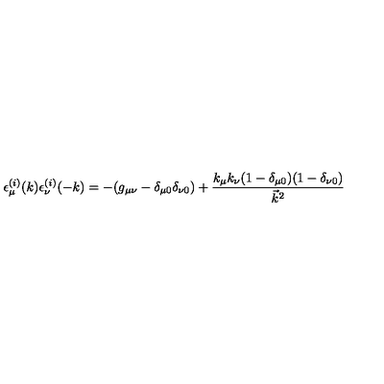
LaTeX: \epsilon _ { \mu } ^ { ( i ) } ( k ) \epsilon _ { \nu } ^ { ( i ) } ( - k ) = - ( g _ { \mu \nu } - \delta _ { \mu 0 } \delta _ { \nu 0 } ) + \frac { k _ { \mu } k _ { \nu } ( 1 - \delta _ { \mu 0 } ) ( 1 - \delta _ { \nu 0 } ) } { \vec { k } ^ { 2 } }